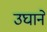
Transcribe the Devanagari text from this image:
उघाने